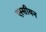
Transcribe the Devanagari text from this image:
एस्सीयन